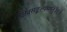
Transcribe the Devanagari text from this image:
शिवसङ्कल्पमस्तु॥६॥